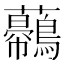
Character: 𧅿